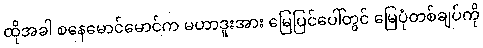
ထိုအခါ စနေမောင်မောင်က မဟာဒူးအား မြေပြင်ပေါ်တွင် မြေပုံတစ်ချပ်ကို